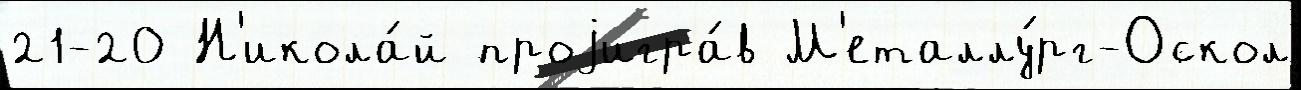
21-20 Н'икола́й проjигра́в М'еталлу́рг-Оскол